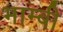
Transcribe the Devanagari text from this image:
भाम्बी